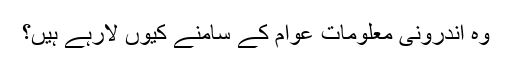
وہ اندرونی معلومات عوام کے سامنے کیوں لارہے ہیں؟